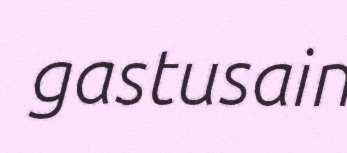
gastusain